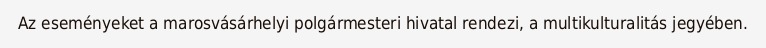
Az eseményeket a marosvásárhelyi polgármesteri hivatal rendezi, a multikulturalitás jegyében.